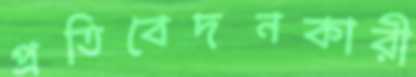
প্রতিবেদনকারী